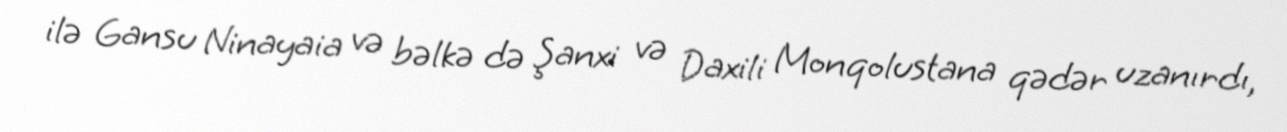
ilə Gansu Ninayaia və bəlkə də Şanxi və Daxili Monqolustana qədər uzanırdı,